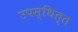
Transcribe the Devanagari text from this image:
उपस्थित्त